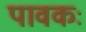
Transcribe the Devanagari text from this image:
पावकः